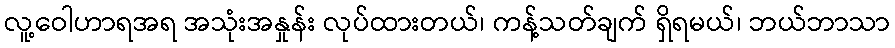
လူ့ဝေါဟာရအရ အသုံးအနှုန်း လုပ်ထားတယ်၊ ကန့်သတ်ချက် ရှိရမယ်၊ ဘယ်ဘာသာ